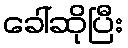
ခေါ်ဆိုပြီး